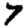
Digit: 7